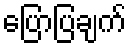
ပြောပြချက်